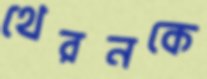
থেরনকে